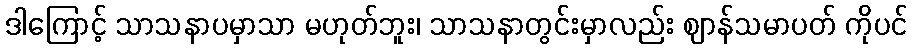
ဒါကြောင့် သာသနာပမှာသာ မဟုတ်ဘူး၊ သာသနာတွင်းမှာလည်း ဈာန်သမာပတ် ကိုပင်